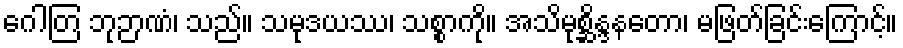
ဂေါတြ ဘုဉာဏံ၊ သည်။ သမုဒယဿ၊ သစ္စာကို။ အသိမုစ္ဆိန္ဒနတော၊ မဖြတ်ခြင်းကြောင့်။